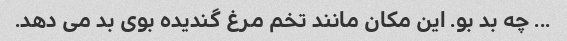
... چه بد بو. این مکان مانند تخم مرغ گندیده بوی بد می دهد.